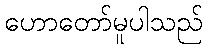
ဟောတော်မူပါသည်